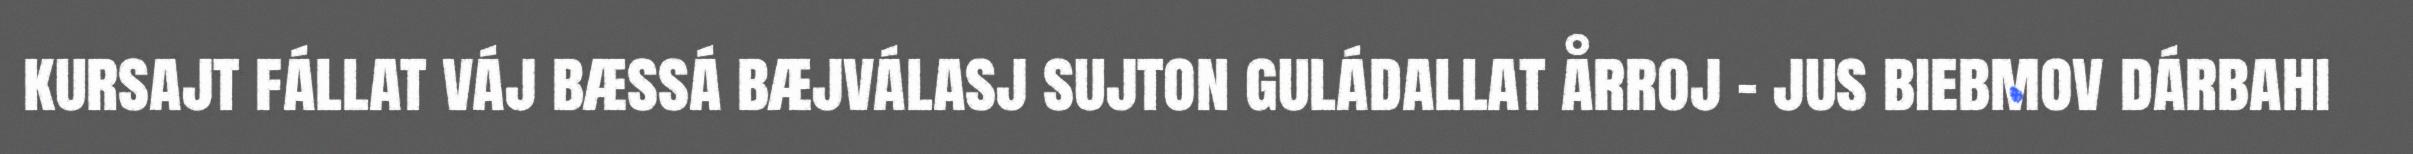
kursajt fállat váj bæssá bæjválasj sujton guládallat årroj – jus biebmov dárbahi